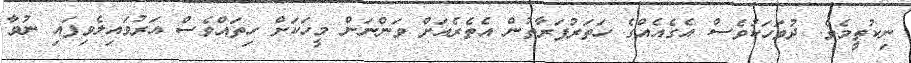
ނިކުތީމެވެ. ދުވަހަކުވެސް އެގެއެއްގެ ހަތަރުފަރާތުން އެތެރެއަށް ވަންނަން މީހަކަށް ހިތައްވެސް އަރުވައިލެވިފައި ނުވާ